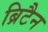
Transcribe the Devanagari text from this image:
ब्रिटैन